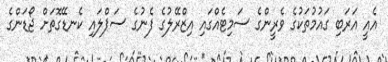
އެއީ އަރަބި ގައުމުތަކުގެ ވެރީންގެ ސަމިޓެއްގައި އިޒްރޭލުގެ ފެނުގެ ސަޕްލައި ކެނޑޭގޮތަށް ޖޯޑަންގެ